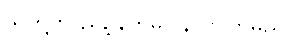
သူတို့က ညဉ့်နက်မှပြန်လာကြမည်။